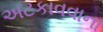
અટકાવવાના